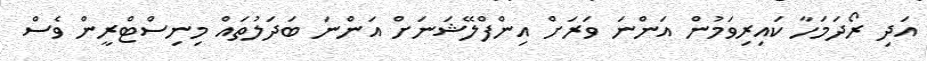
އަދި ރޯދަމަހާ ކައިރިވަމުން އަންނަ ވަރަށް އިންފްލޭޝަނަށް އަންނަ ބަދަލުތައް މިނިސްޓްރީން ވެސް